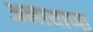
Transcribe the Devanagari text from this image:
अनायाप्पा